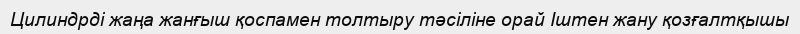
Цилиндрді жаңа жанғыш қоспамен толтыру тәсіліне орай Іштен жану қозғалтқышы